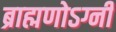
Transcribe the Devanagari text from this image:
ब्राह्मणोऽग्नी